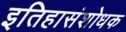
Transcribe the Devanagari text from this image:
इतिहासंशोधक